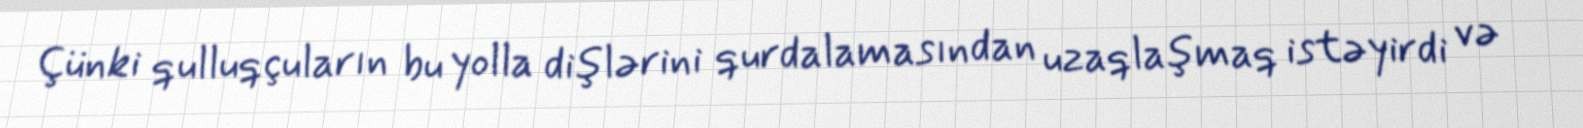
Çünki qulluqçuların bu yolla dişlərini qurdalamasından uzaqlaşmaq istəyirdi və